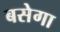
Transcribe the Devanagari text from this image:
बसेगा